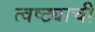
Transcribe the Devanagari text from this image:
त्वष्ट्याची